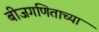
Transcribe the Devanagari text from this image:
बीजगणिताच्या